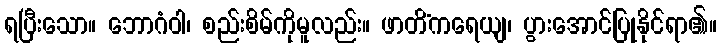
ရပြီးသော။ ဘောဂံဝါ၊ စည်းစိမ်ကိုမူလည်း။ ဖာတိံကရေယျ၊ ပွားအောင်ပြုနိုင်ရာ၏။